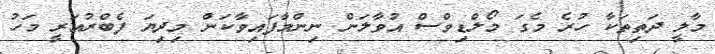
މާލީ ދަތިތަކާ ހުރެ މެގަ މޯލްޑިވްސް އުވާލަން ނިންމާފައިވާކަން މިދިޔަ ފެބްރުއަރީ މަހު